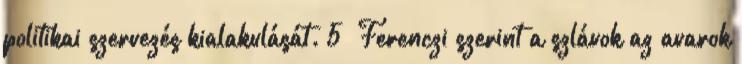
politikai szervezés kialakulását. 5 Ferenczi szerint a szlávok az avarok